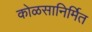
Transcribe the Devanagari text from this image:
कोळसानिर्मित